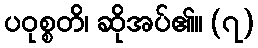
ပဝုစ္စတိ၊ ဆိုအပ်၏။ (၇)